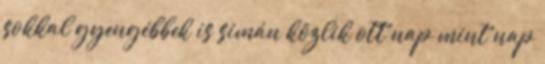
sokkal gyengébbek is simán közlik ott nap mint nap